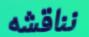
نناقشه